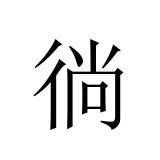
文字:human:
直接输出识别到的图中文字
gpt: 徜